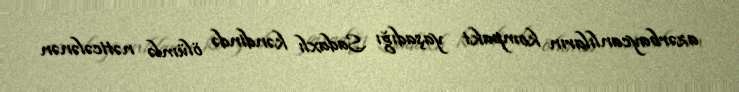
azərbaycanlıların kompakt yaşadığı Sadaxlı kəndində ölümlə nəticələnən